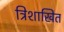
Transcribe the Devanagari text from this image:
त्रिशाखित